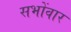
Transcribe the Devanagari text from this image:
सभोंवार